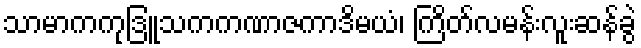
သာမာကကုဒြူသကကဏာဇကာဒိမယံ၊ ကြိတ်လမန်းလူးဆန်ခွဲ